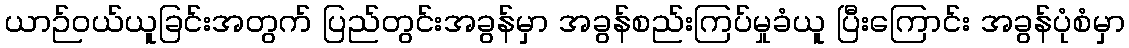
ယာဉ်ဝယ်ယူခြင်းအတွက် ပြည်တွင်းအခွန်မှာ အခွန်စည်းကြပ်မှုခံယူ ပြီးကြောင်း အခွန်ပုံစံမှာ